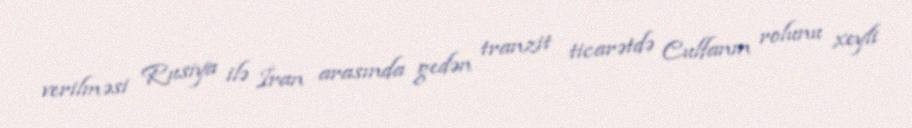
verilməsi Rusiya ilə İran arasında gedən tranzit ticarətdə Culfanın rolunu xeyli